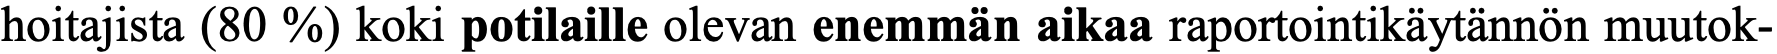
hoitajista (80 %) koki potilaille olevan enemmän aikaa raportointikäytännön muutok-